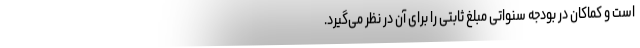
است و کماکان در بودجه سنواتی مبلغ ثابتی را برای آن در نظر می‌گیرد.